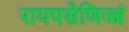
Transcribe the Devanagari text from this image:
रायपसेणिज्जं